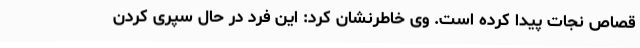
قصاص نجات پیدا کرده است. وی خاطرنشان کرد: این فرد در حال سپری کردن